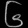
Digit: ၆